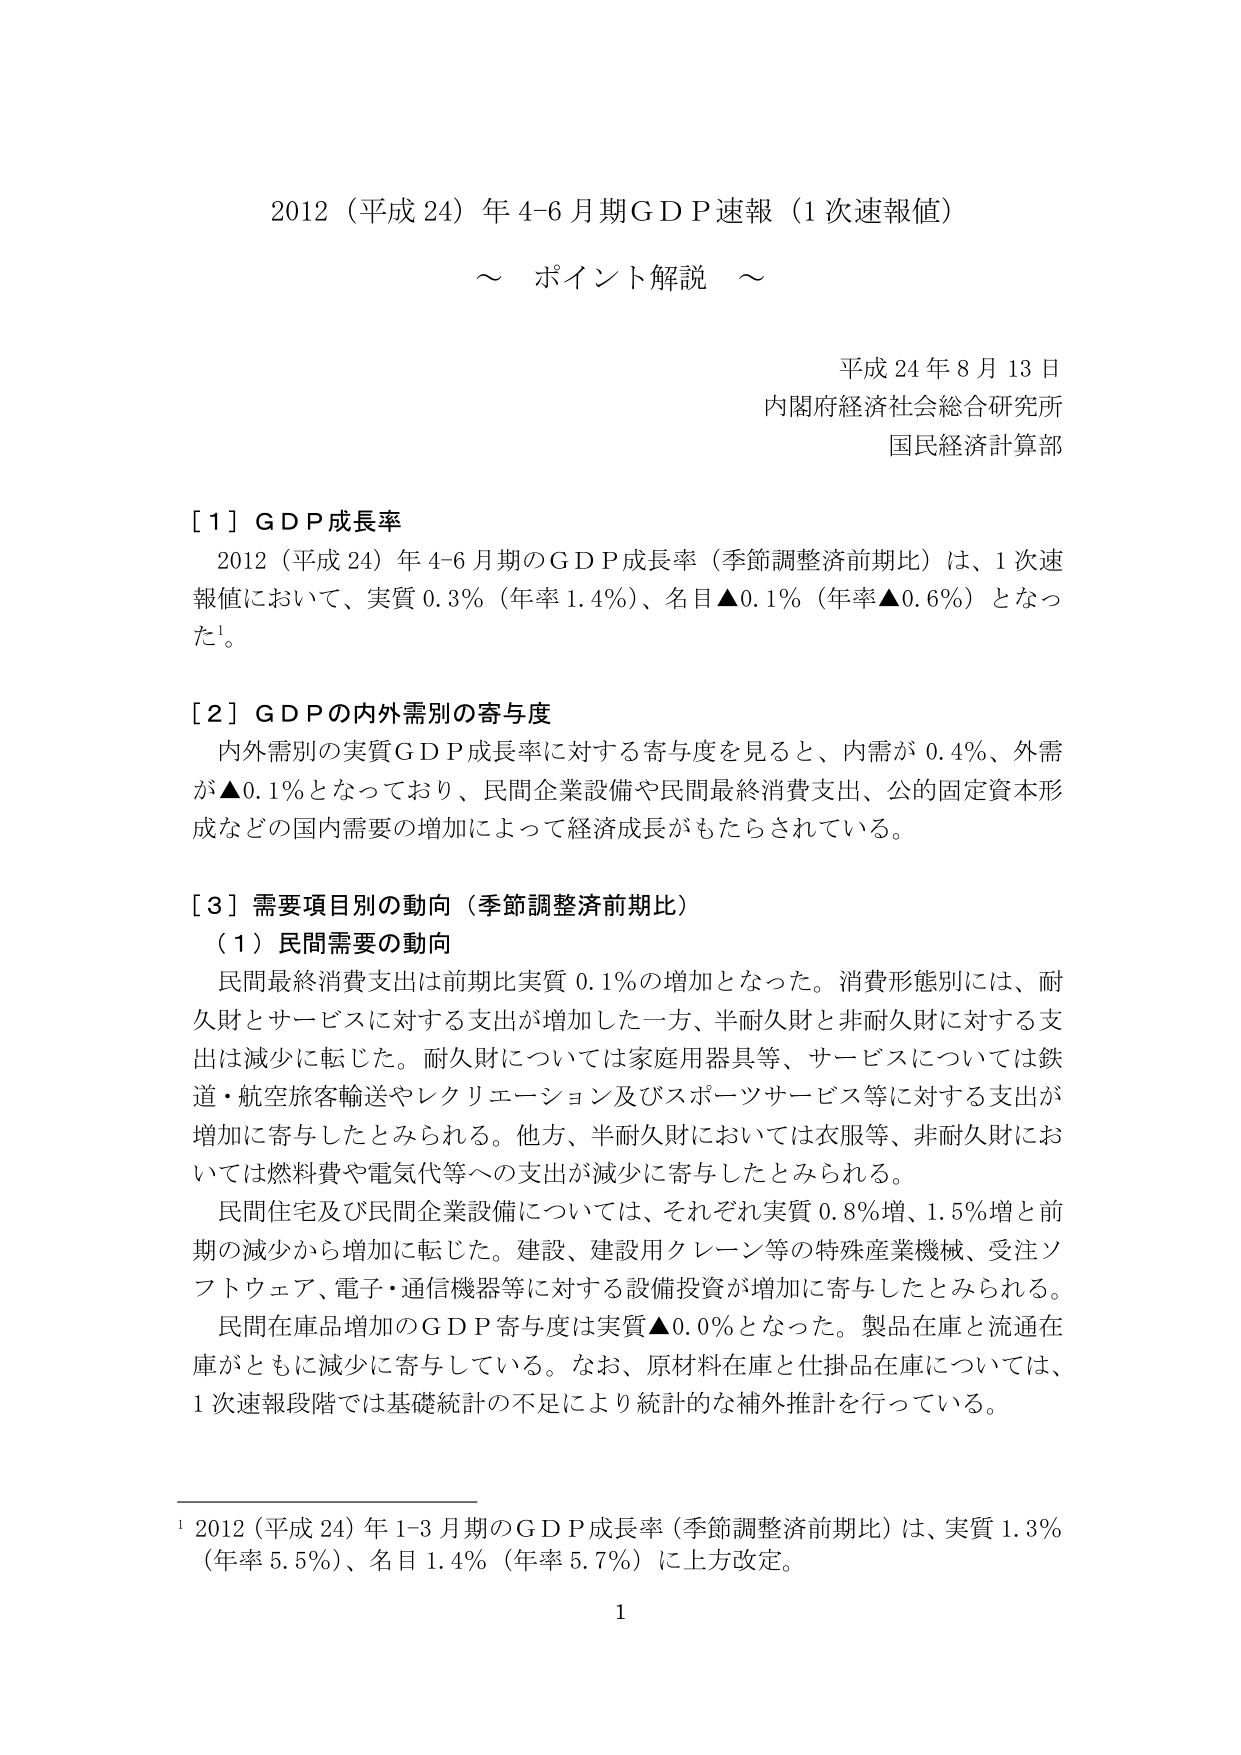
2012（平成24）年4-6月期GDP速報（1次速報値）
～ ポイント解説 ～

平成24年8月13日
内閣府経済社会総合研究所
国民経済計算部

［1］GDP成長率
　2012（平成24）年4-6月期のGDP成長率（季節調整済前期比）は、1次速報値において、実質0.3％（年率1.4％）、名目▲0.1％（年率▲0.6％）となった¹。

［2］GDPの内外需別の寄与度
　内外需別の実質GDP成長率に対する寄与度を見ると、内需が0.4％、外需が▲0.1％となっており、民間企業設備や民間最終消費支出、公的固定資本形成などの国内需要の増加によって経済成長がもたらされている。

［3］需要項目別の動向（季節調整済前期比）
　（1）民間需要の動向
　　民間最終消費支出は前期比実質0.1％の増加となった。消費形態別には、耐久財とサービスに対する支出が増加した一方、半耐久財と非耐久財に対する支出は減少に転じた。耐久財については家庭用器具等、サービスについては鉄道・航空旅客輸送やレクリエーション及びスポーツサービス等に対する支出が増加に寄与したとみられる。他方、半耐久財においては衣服等、非耐久財においては燃料費や電気代等への支出が減少に寄与したとみられる。
　　民間住宅及び民間企業設備については、それぞれ実質0.8％増、1.5％増と前期の減少から増加に転じた。建設、建設用クレーン等の特殊産業機械、受注ソフトウェア、電子・通信機器等に対する設備投資が増加に寄与したとみられる。
　　民間在庫品増加のGDP寄与度は実質▲0.0％となった。製品在庫と流通在庫がともに減少に寄与している。なお、原材料在庫と仕掛品在庫については、1次速報段階では基礎統計の不足により統計的な補外推計を行っている。

¹ 2012（平成24）年1-3月期のGDP成長率（季節調整済前期比）は、実質1.3％（年率5.5％）、名目1.4％（年率5.7％）に上方改定。

1